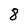
Character: 8